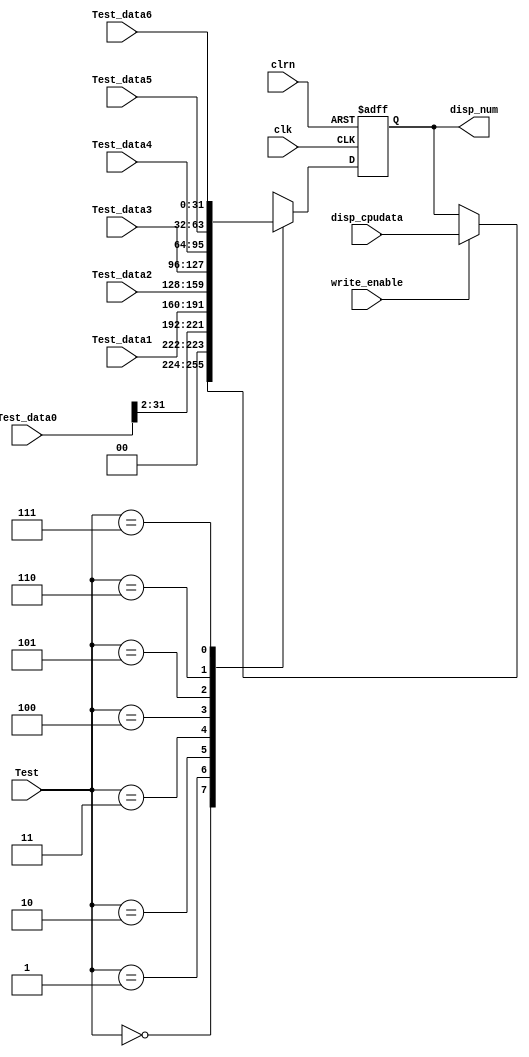
`timescale 1ns / 1ps
//////////////////////////////////////////////////////////////////////////////////
// Company: 
// Engineer: 
// 
// Design Name: 
// Module Name:    Device_GPIO_7seg 
// Project Name: 
// Target Devices: 
// Tool versions: 
// Description: 
//
// Dependencies: 
//
// Revision: 
// Revision 0.01 - File Created
// Additional Comments: 
//
//////////////////////////////////////////////////////////////////////////////////
module Device_GPIO_7seg( 
	clk,
	clrn,
	write_enable,
	Test,
	disp_cpudata,
	Test_data0,
	Test_data1,
	Test_data2,
	Test_data3,
	Test_data4,
	Test_data5,
	Test_data6,
	disp_num
	);
	
	input clk,clrn,write_enable;
	input [2:0] Test;
	input [31:0]disp_cpudata,Test_data0,Test_data1,Test_data2,Test_data3,Test_data4,
	Test_data5, Test_data6;
	output[31:0]disp_num;
	reg [31:0]disp_num = 32'h5A5A5A5A;
	
	// 7 Segments LEDs read and write & CPU state display
	// assign seven_seg_out = disp_num[15:0];
	always @(posedge clk or negedge clrn) begin
		if(~clrn)
			disp_num <= 32'hAA5555AA;
		else begin
			case(Test) //SW[7:5]
				0: begin 
					if(write_enable) 
						disp_num <= disp_cpudata; 
					else 
						disp_num <= disp_num; 
				end
				1: disp_num <= {2'b00,Test_data0[31:2]};	//pc[31:2]
				2: disp_num <= Test_data1[31:0]; //counter[31:0]
				3: disp_num <= Test_data2; //Inst
				4: disp_num <= Test_data3; //addr_bus
				5: disp_num <= Test_data4; //Cpu_data2bus;
				6: disp_num <= Test_data5; //Cpu_data4bus;
				7: disp_num <= Test_data6; //pc;
			endcase
		end
		
	end
	
endmodule